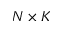
N \times K